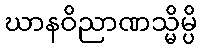
ဃာနဝိညာဏသ္မိမ္ပိ